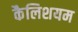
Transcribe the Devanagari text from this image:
कैलिशयम